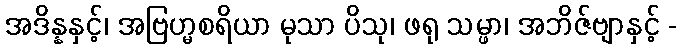
အဒိန္နနှင့်၊ အဗြဟ္မစရိယာ မုသာ ပိသု၊ ဖရု သမ္ဖာ၊ အဘိဇ်ဗျာနှင့် -